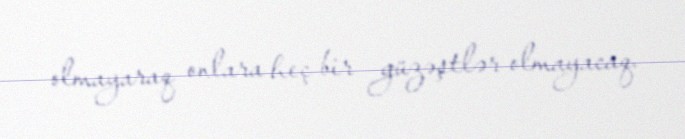
olmayaraq onlara heç bir güzəştlər olmayacaq.